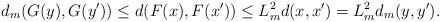
LaTeX: \begin{align*}d_m(G(y),G(y')) \le d(F(x),F(x'))\le L_m^2 d(x,x')=L_m^2 d_m(y,y').\end{align*}